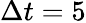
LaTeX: \Delta t=5